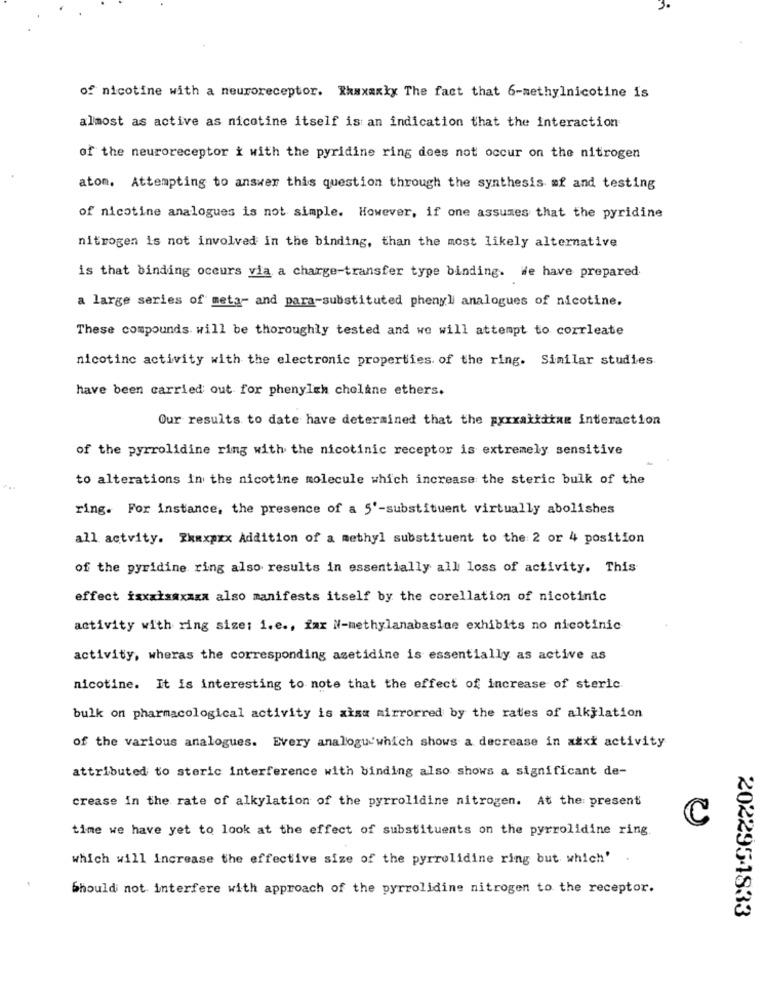
of nicotine with a neuroreceptor. Rhaxaxky The fact that 6-methylnicotine is
almost as active as nicotine itself is an indication that the interaction
of the neuroreceptor i with the pyridine ring does not occur on the nitrogen
atom. Attempting to answer this question through the synthesis mf and testing
of nicotine analogues is not simple. However, if one assumes that the pyridine
nitrogen is not involved in the binding, than the most likely alternative
is that binding occurs via a charge-transfer type binding. We have prepared
a large series of meta- and para-substituted phenyl analogues of nicotine.
These compounds. will be thoroughly tested and we will attempt to corrleate
nicotine activity with the electronic properties of the ring. Similar studies
have been carried out for phenylch choline ethers.
Our results to date have determined that the pxxxakidiaz interaction
of the pyrrolidine ring with the nicotinic receptor is extremely sensitive
to alterations in the nicotine molecule which increase the steric bulk of the
ring. For instance, the presence of a 5'-substituent virtually abolishes
all actvity. Zumxpxx Addition of a methyl substituent to the 2 or 4 position
of the pyridine ring also results in essentially all loss of activity. This
effect ixxxisaxxxx also manifests itself by the corellation of nicotinic
activity with ring size: i.e ., fax N-methylanabasice exhibits no nicotinic
activity, wheras the corresponding azetidine is essentially as active as
nicotine. It is interesting to note that the effect of increase of steric
bulk on pharmacological activity is aisa mirrorred by the rates of alkilation
of the various analogues. Every analogu which shows a decrease in ažxi activity
attributed to steric interference with binding also shows a significant de-
crease in the rate of alkylation of the pyrrolidine nitrogen. At the present
C
time we have yet to look at the effect of substituents on the pyrrolidine ring.
which will increase the effective size of the pyrrolidine ring but which'
Should not interfere with approach of the pyrrolidine nitrogen to the receptor.
202295-1833